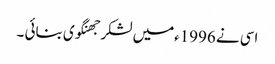
اسی نے 1996ءمیں لشکر جھنگوی بنائی ۔